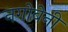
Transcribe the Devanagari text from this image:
नगोबेनी